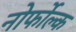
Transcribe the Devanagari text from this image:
नोर्फोल्क